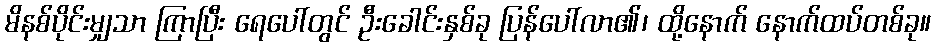
မိနစ်ပိုင်းမျှသာ ကြာပြီး ရေပေါ်တွင် ဦးခေါင်းနှစ်ခု ပြန်ပေါ်လာ၏၊ ထို့နောက် နောက်ထပ်တစ်ခု။